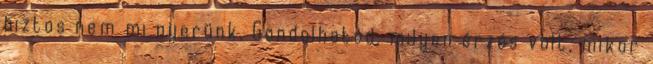
biztos nem mi nyerünk. Gondolhatod, milyen érzés volt, mikor